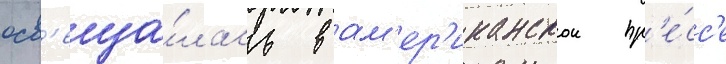
осв'еща́лась в ам'ер'иканскои пр'е́сс'е